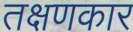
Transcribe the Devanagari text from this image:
तक्षणकार